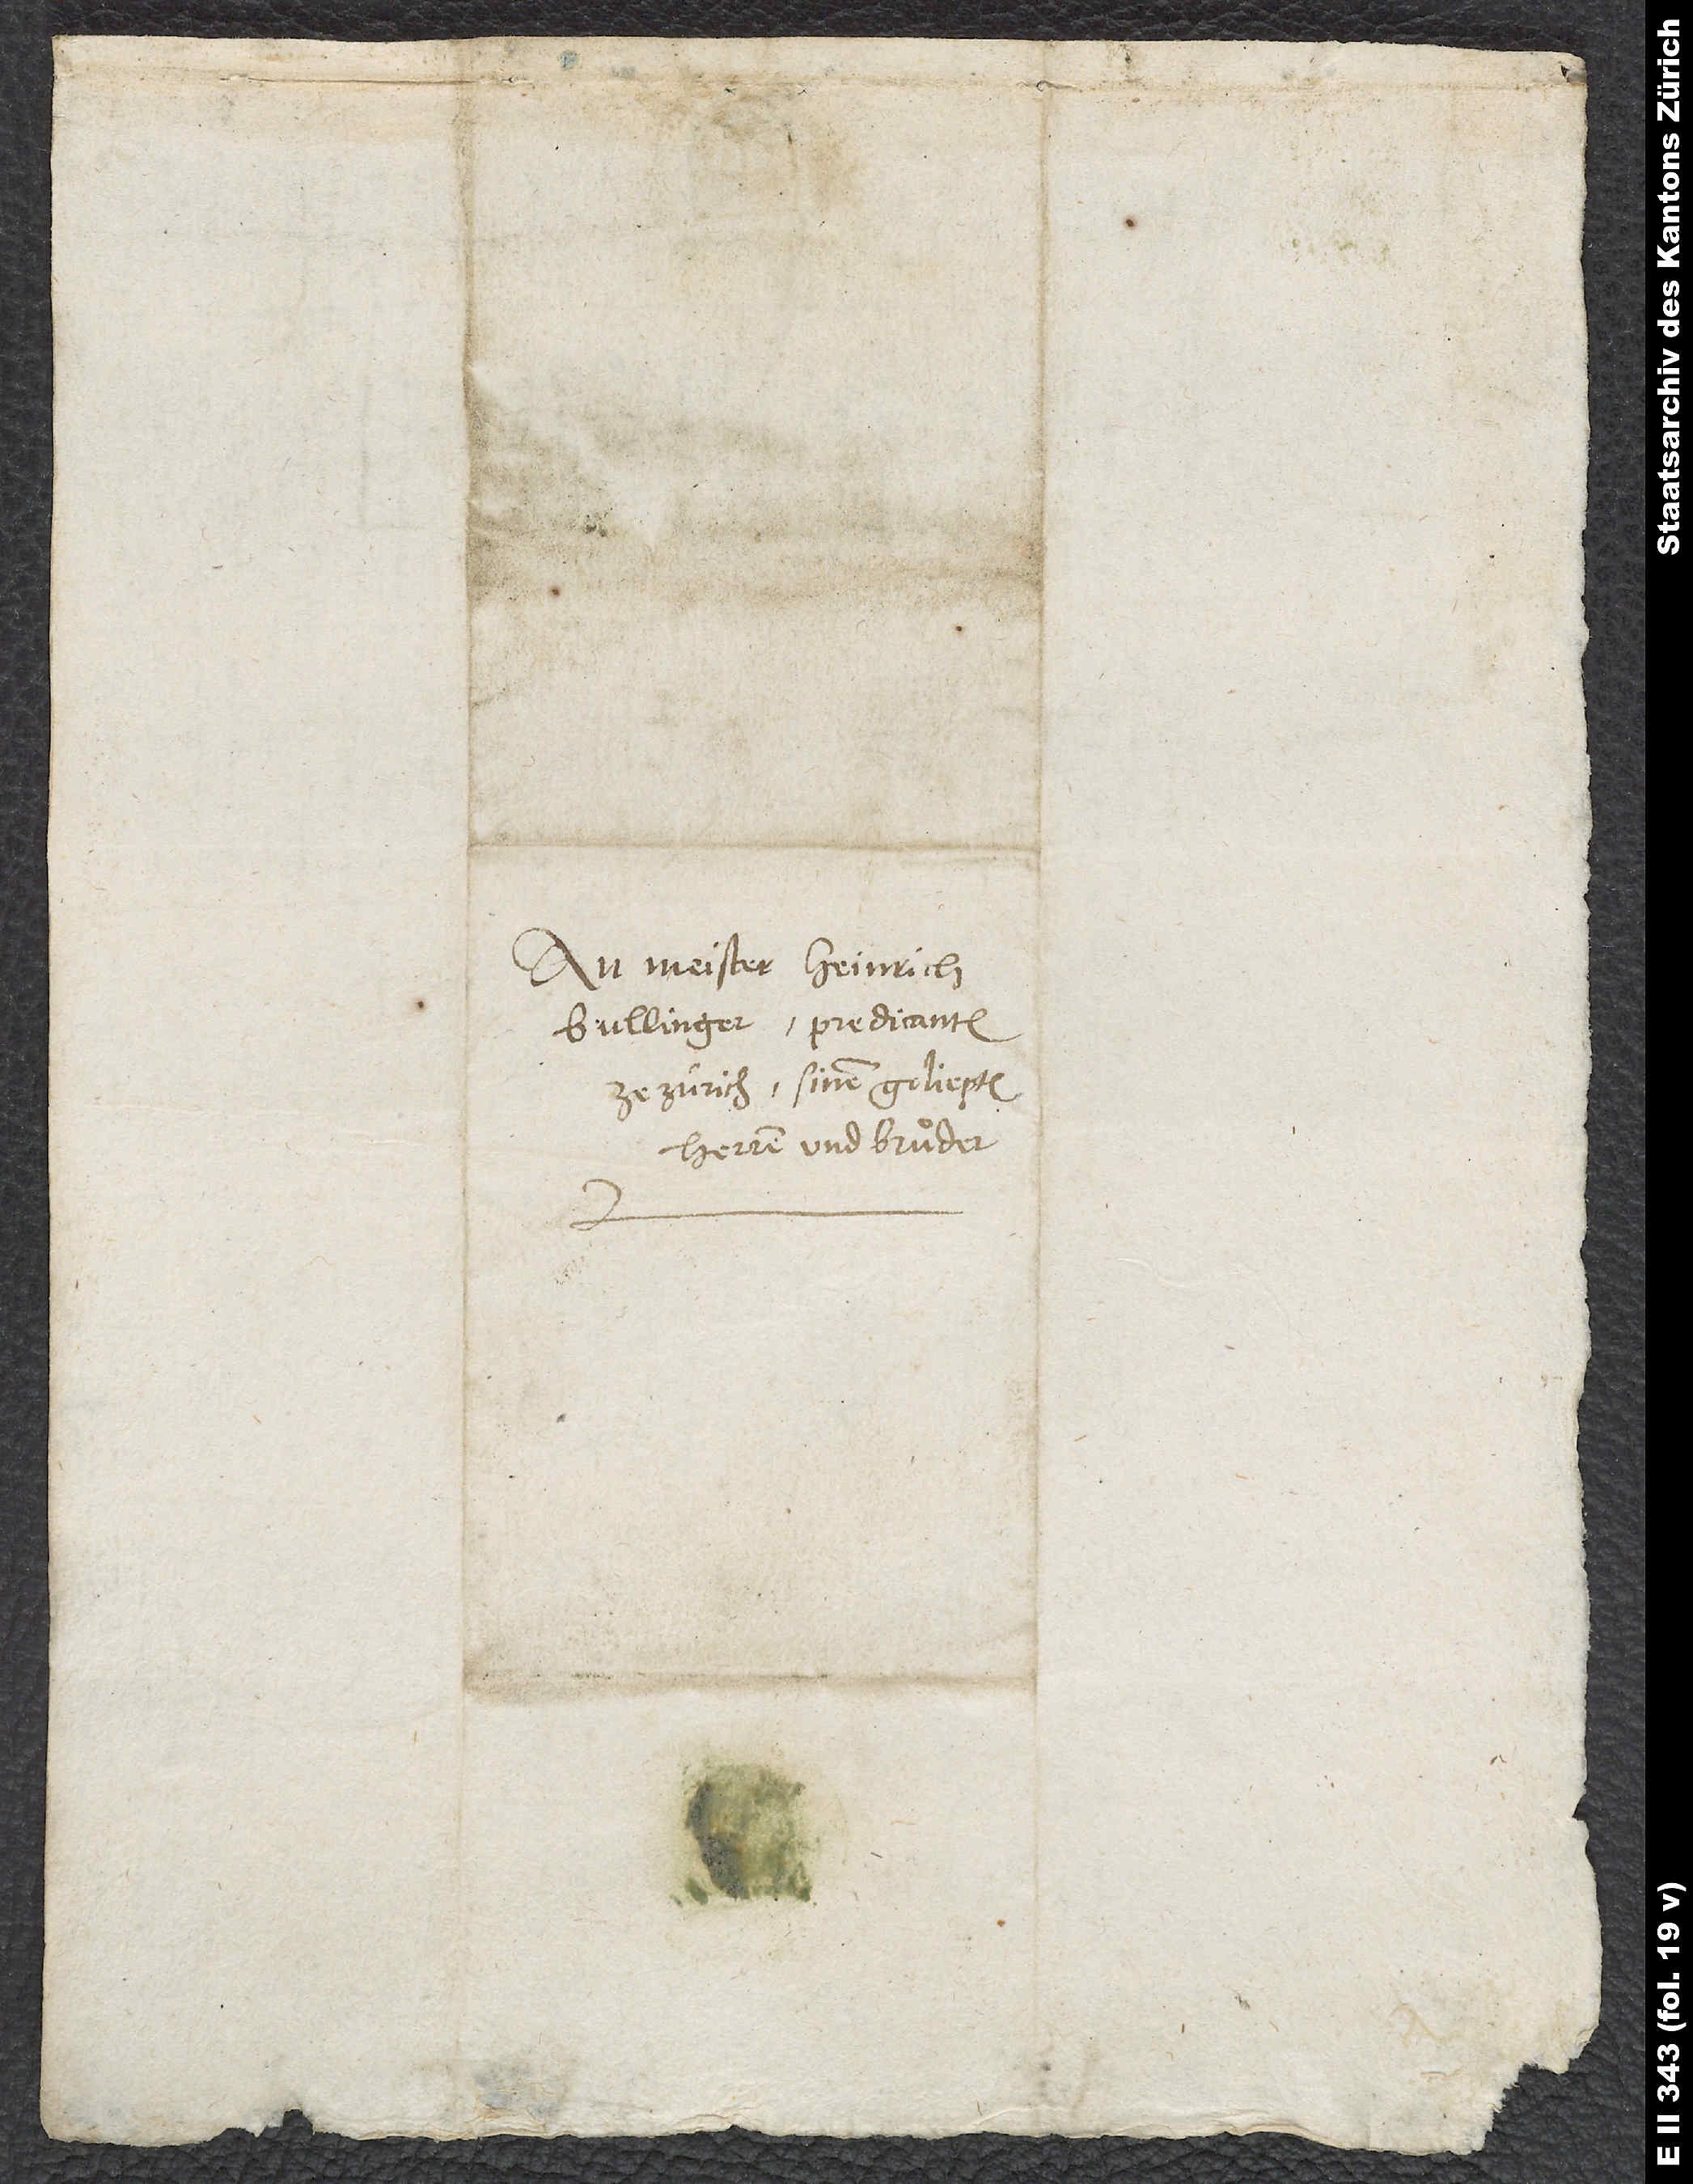
An Meister Heinrich
Bullinger, predicanten
ze Zürich, sinen geliepten
herren und bruͦder.